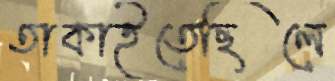
তাকাইতেছিলে